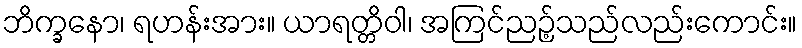
ဘိက္ခနော၊ ရဟန်းအား။ ယာရတ္တိဝါ၊ အကြင်ညဉ့်သည်လည်းကောင်း။